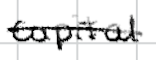
Text: capital
Cross-out: single-line
Writing tool: digital_black